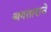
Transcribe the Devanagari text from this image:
अवताराने